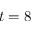
t = 8